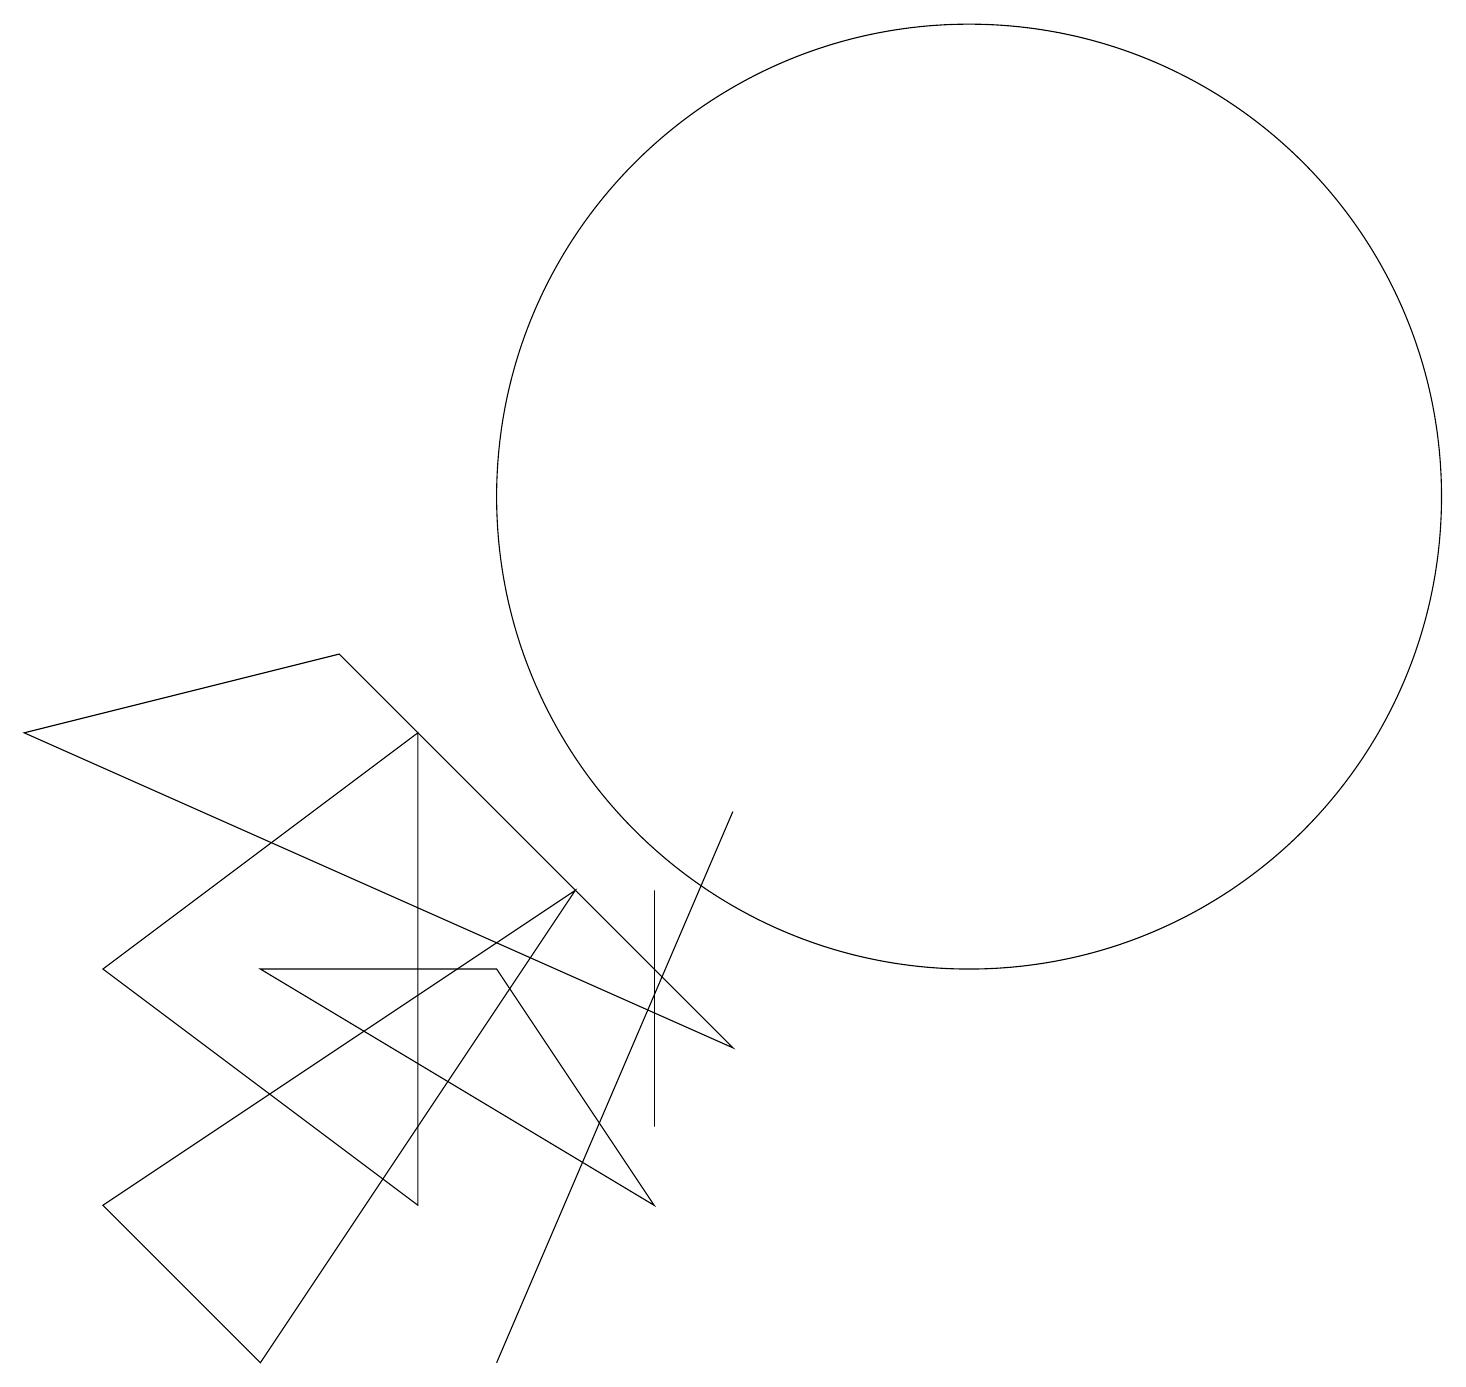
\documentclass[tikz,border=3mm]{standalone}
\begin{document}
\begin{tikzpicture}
\draw (6,0) -- (9,7) -- (6,0) -- cycle;
\draw (12,11) circle (6);
\draw (8,3) -- (8,6) -- (8,4) -- cycle;
\draw (0,8) -- (9,4) -- (4,9) -- cycle;
\draw (1,2) -- (3,0) -- (7,6) -- cycle;
\draw (12,12) circle (0);
\draw (6,5) -- (8,2) -- (3,5) -- cycle;
\draw (5,2) -- (1,5) -- (5,8) -- cycle;
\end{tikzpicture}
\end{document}